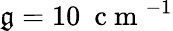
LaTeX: \mathfrak{g}=10~\mathrm{{~c~m~}}^{-1}